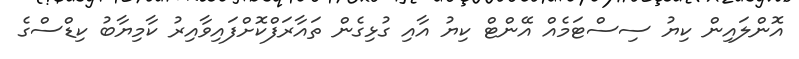
އޮންލައިން ކިޔު ސިސްޓަމެއް އޭންޓް ކިޔު އާއި ގުޅިގެން ތައާރަފްކޮށްފައިވާއިރު ކާމިޔާބު ކިޑްސްގެ